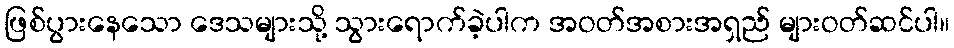
ဖြစ်ပွားနေသော ဒေသများသို့ သွားရောက်ခဲ့ပါက အဝတ်အစားအရှည် များဝတ်ဆင်ပါ။